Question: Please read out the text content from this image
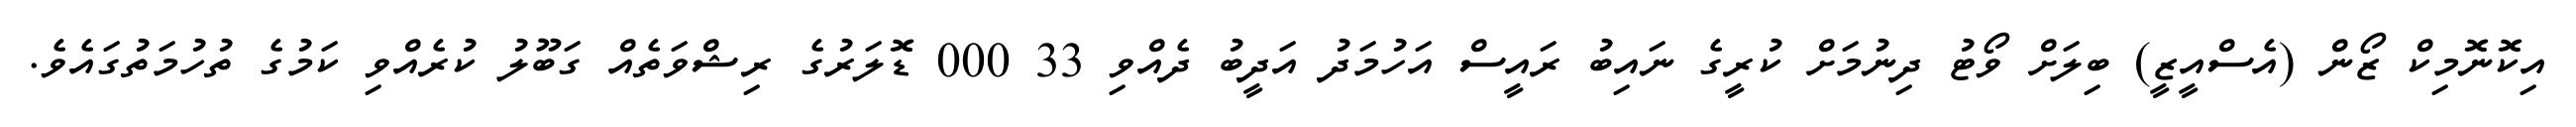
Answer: އިކޮނޮމިކް ޒޯން (އެސްއީޒީ) ބިލަށް ވޯޓު ދިނުމަށް ކުރީގެ ނައިބު ރައީސް އަހުމަދު އަދީބު ދެއްވި 33 000 ޑޮލަރުގެ ރިޝްވަތެއް ގަބޫލު ކުރެއްވި ކަމުގެ ތުހުމަތުގައެވެ.